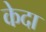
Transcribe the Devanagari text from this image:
केदा